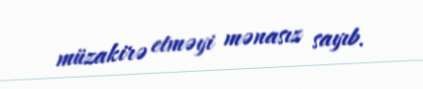
müzakirə etməyi mənasız sayıb.